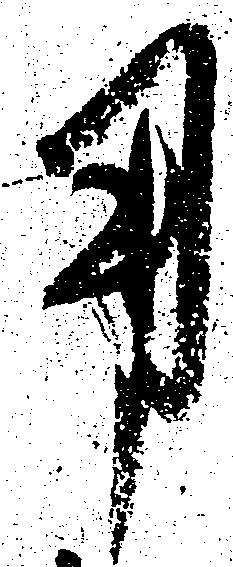
用